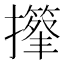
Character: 𢸕